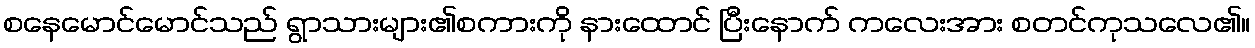
စနေမောင်မောင်သည် ရွာသားများ၏စကားကို နားထောင် ပြီးနောက် ကလေးအား စတင်ကုသလေ၏။